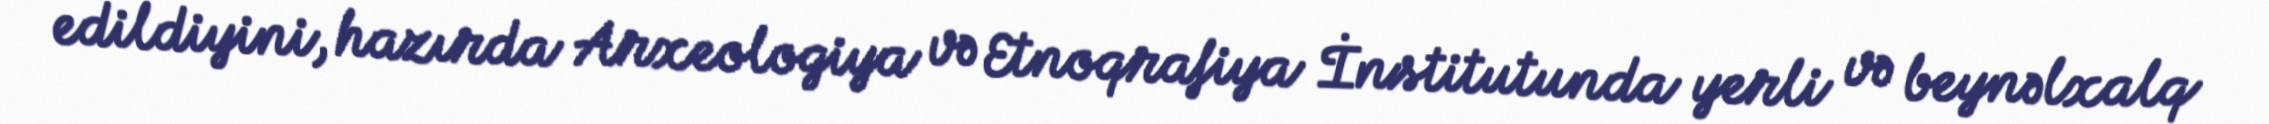
edildiyini, hazırda Arxeologiya və Etnoqrafiya İnstitutunda yerli və beynəlxalq